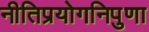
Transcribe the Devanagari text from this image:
नीतिप्रयोगनिपुणा